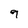
Character: 9